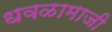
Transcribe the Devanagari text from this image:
धवळामाजी